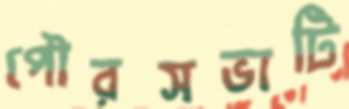
পৌরসভাটি